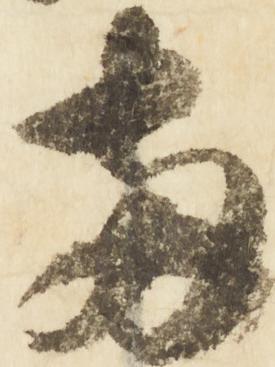
両